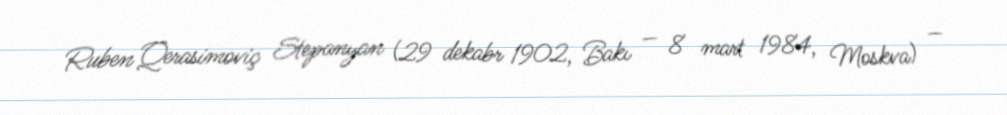
Ruben Qerasimoviç Stepanyan (29 dekabr 1902, Bakı — 8 mart 1984, Moskva) —